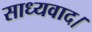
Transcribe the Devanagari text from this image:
साध्यवाद।